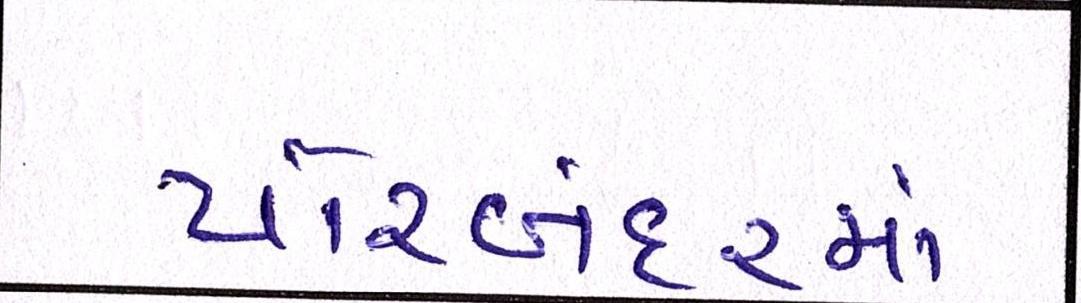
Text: પોરબંદરમાં